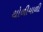
થોળીયાળી